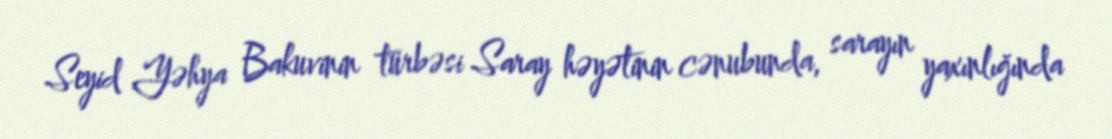
Seyid Yəhya Bakuvinin türbəsi Saray həyətinin cənubunda, sarayın yaxınlığında